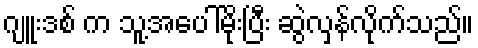
ဂျူးဒစ် က သူ့အပေါ်မိုးပြီး ဆွဲလှန်လိုက်သည်။